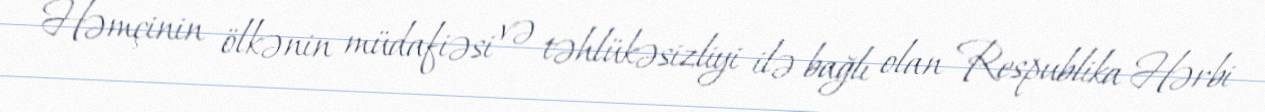
Həmçinin ölkənin müdafiəsi və təhlükəsizliyi ilə bağlı olan Respublika Hərbi